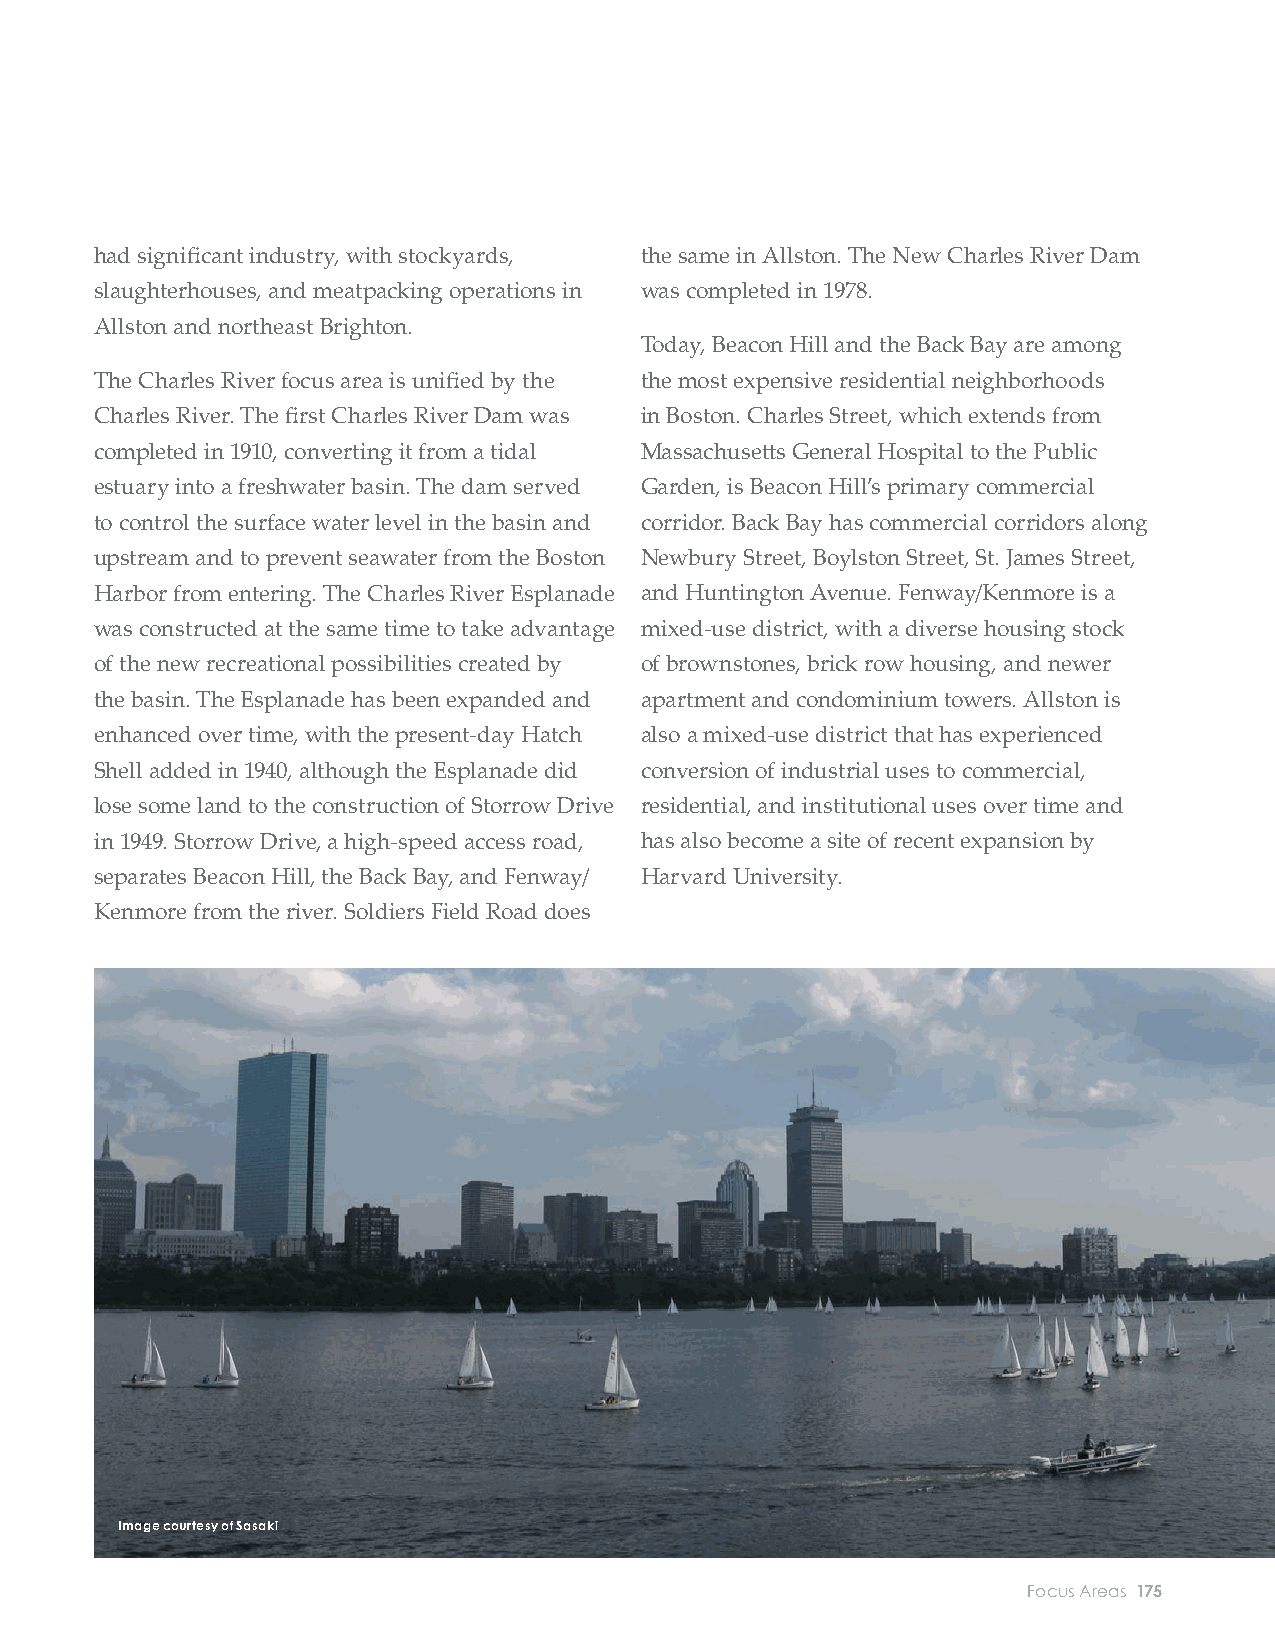
had signifi cant industry, with stockyards, the same in Allston. The New Charles River Dam
 slaughterhouses, and meatpacking operations in was completed in 1978.
 Allston and northeast Brighton.
 Today, Beacon Hill and the Back Bay are among
 The Charles River focus area is unifi ed by the the most expensive residential neighborhoods
 Charles River. The fi rst Charles River Dam was in Boston. Charles Street, which extends from
 completed in 1910, converting it from a tidal Massachusett s General Hospital to the Public
 estuary into a freshwater basin. The dam served Garden, is Beacon Hill’s primary commercial
 to control the surface water level in the basin and corridor. Back Bay has commercial corridors along
 upstream and to prevent seawater from the Boston Newbury Street, Boylston Street, St. James Street,
 Harbor from entering. The Charles River Esplanade and Huntington Avenue. Fenway/Kenmore is a
 was constructed at the same time to take advantage mixed-use district, with a diverse housing stock
 of the new recreational possibilities created by of brownstones, brick row housing, and newer
 the basin. The Esplanade has been expanded and apartment and condominium towers. Allston is
 enhanced over time, with the present-day Hatch also a mixed-use district that has experienced
 Shell added in 1940, although the Esplanade did conversion of industrial uses to commercial,
 lose some land to the construction of Storrow Drive residential, and institutional uses over time and
 in 1949. Storrow Drive, a high-speed access road, has also become a site of recent expansion by
 separates Beacon Hill, the Back Bay, and Fenway/ Harvard University.
 Kenmore from the river. Soldiers Field Road does
 Image courtesy of Sasaki
 174 City of Boston: Climate Ready Boston                            Focus Areas 175